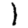
Digit: 1